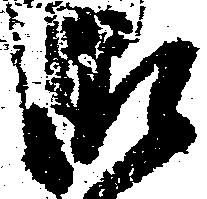
御